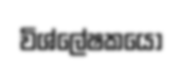
විශ්ලේෂකයෝ